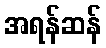
အရန်ဆန်